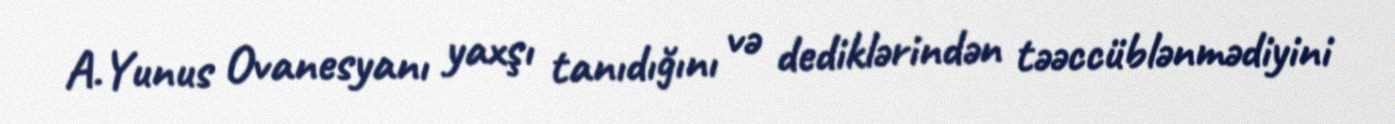
A.Yunus Ovanesyanı yaxşı tanıdığını və dediklərindən təəccüblənmədiyini